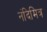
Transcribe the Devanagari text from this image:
नंदिमित्र